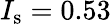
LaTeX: I_{\mathrm{s}}=0.53